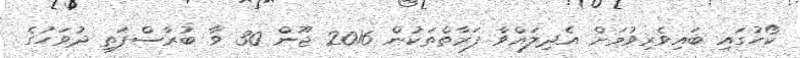
ކޯހުގައި ބައިވެރިވުމަށް އެދިލައްވާ ފަރާތްތަކުން 2016 ޖޫން 30 ވާ ބުރާސްފަތި ދުވަހުގެ